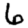
Digit: 6